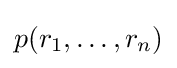
p(r_{1},\dots ,r_{n})